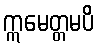
ဣမေတ္တမပိ